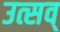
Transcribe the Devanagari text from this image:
उत्सव्